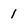
Character: 1